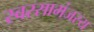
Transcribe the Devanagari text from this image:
स्वरसामंजस्य